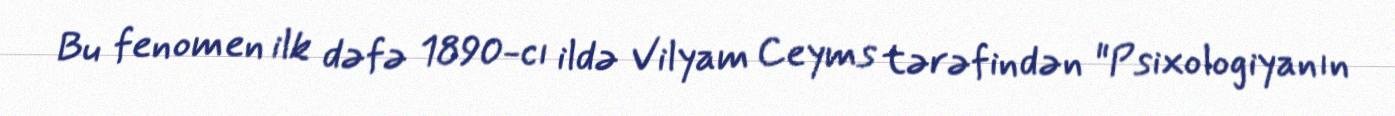
Bu fenomen ilk dəfə 1890-cı ildə Vilyam Ceyms tərəfindən "Psixologiyanın